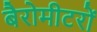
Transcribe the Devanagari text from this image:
बैरोमीटरों